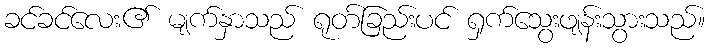
ခင်ခင်လေး၏ မျက်နှာသည် ရုတ်ခြည်းပင် ရှက်သွေးဖျန်းသွားသည်။